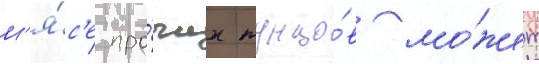
м'я́с'е про́чих тунцо́в мо́жет